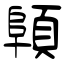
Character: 顊